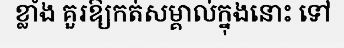
ខ្លាំង គួរឱ្យកត់សម្គាល់ក្នុងនោះ ទៅ